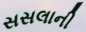
સસલાની